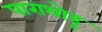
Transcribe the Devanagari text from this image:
पाराथोडू